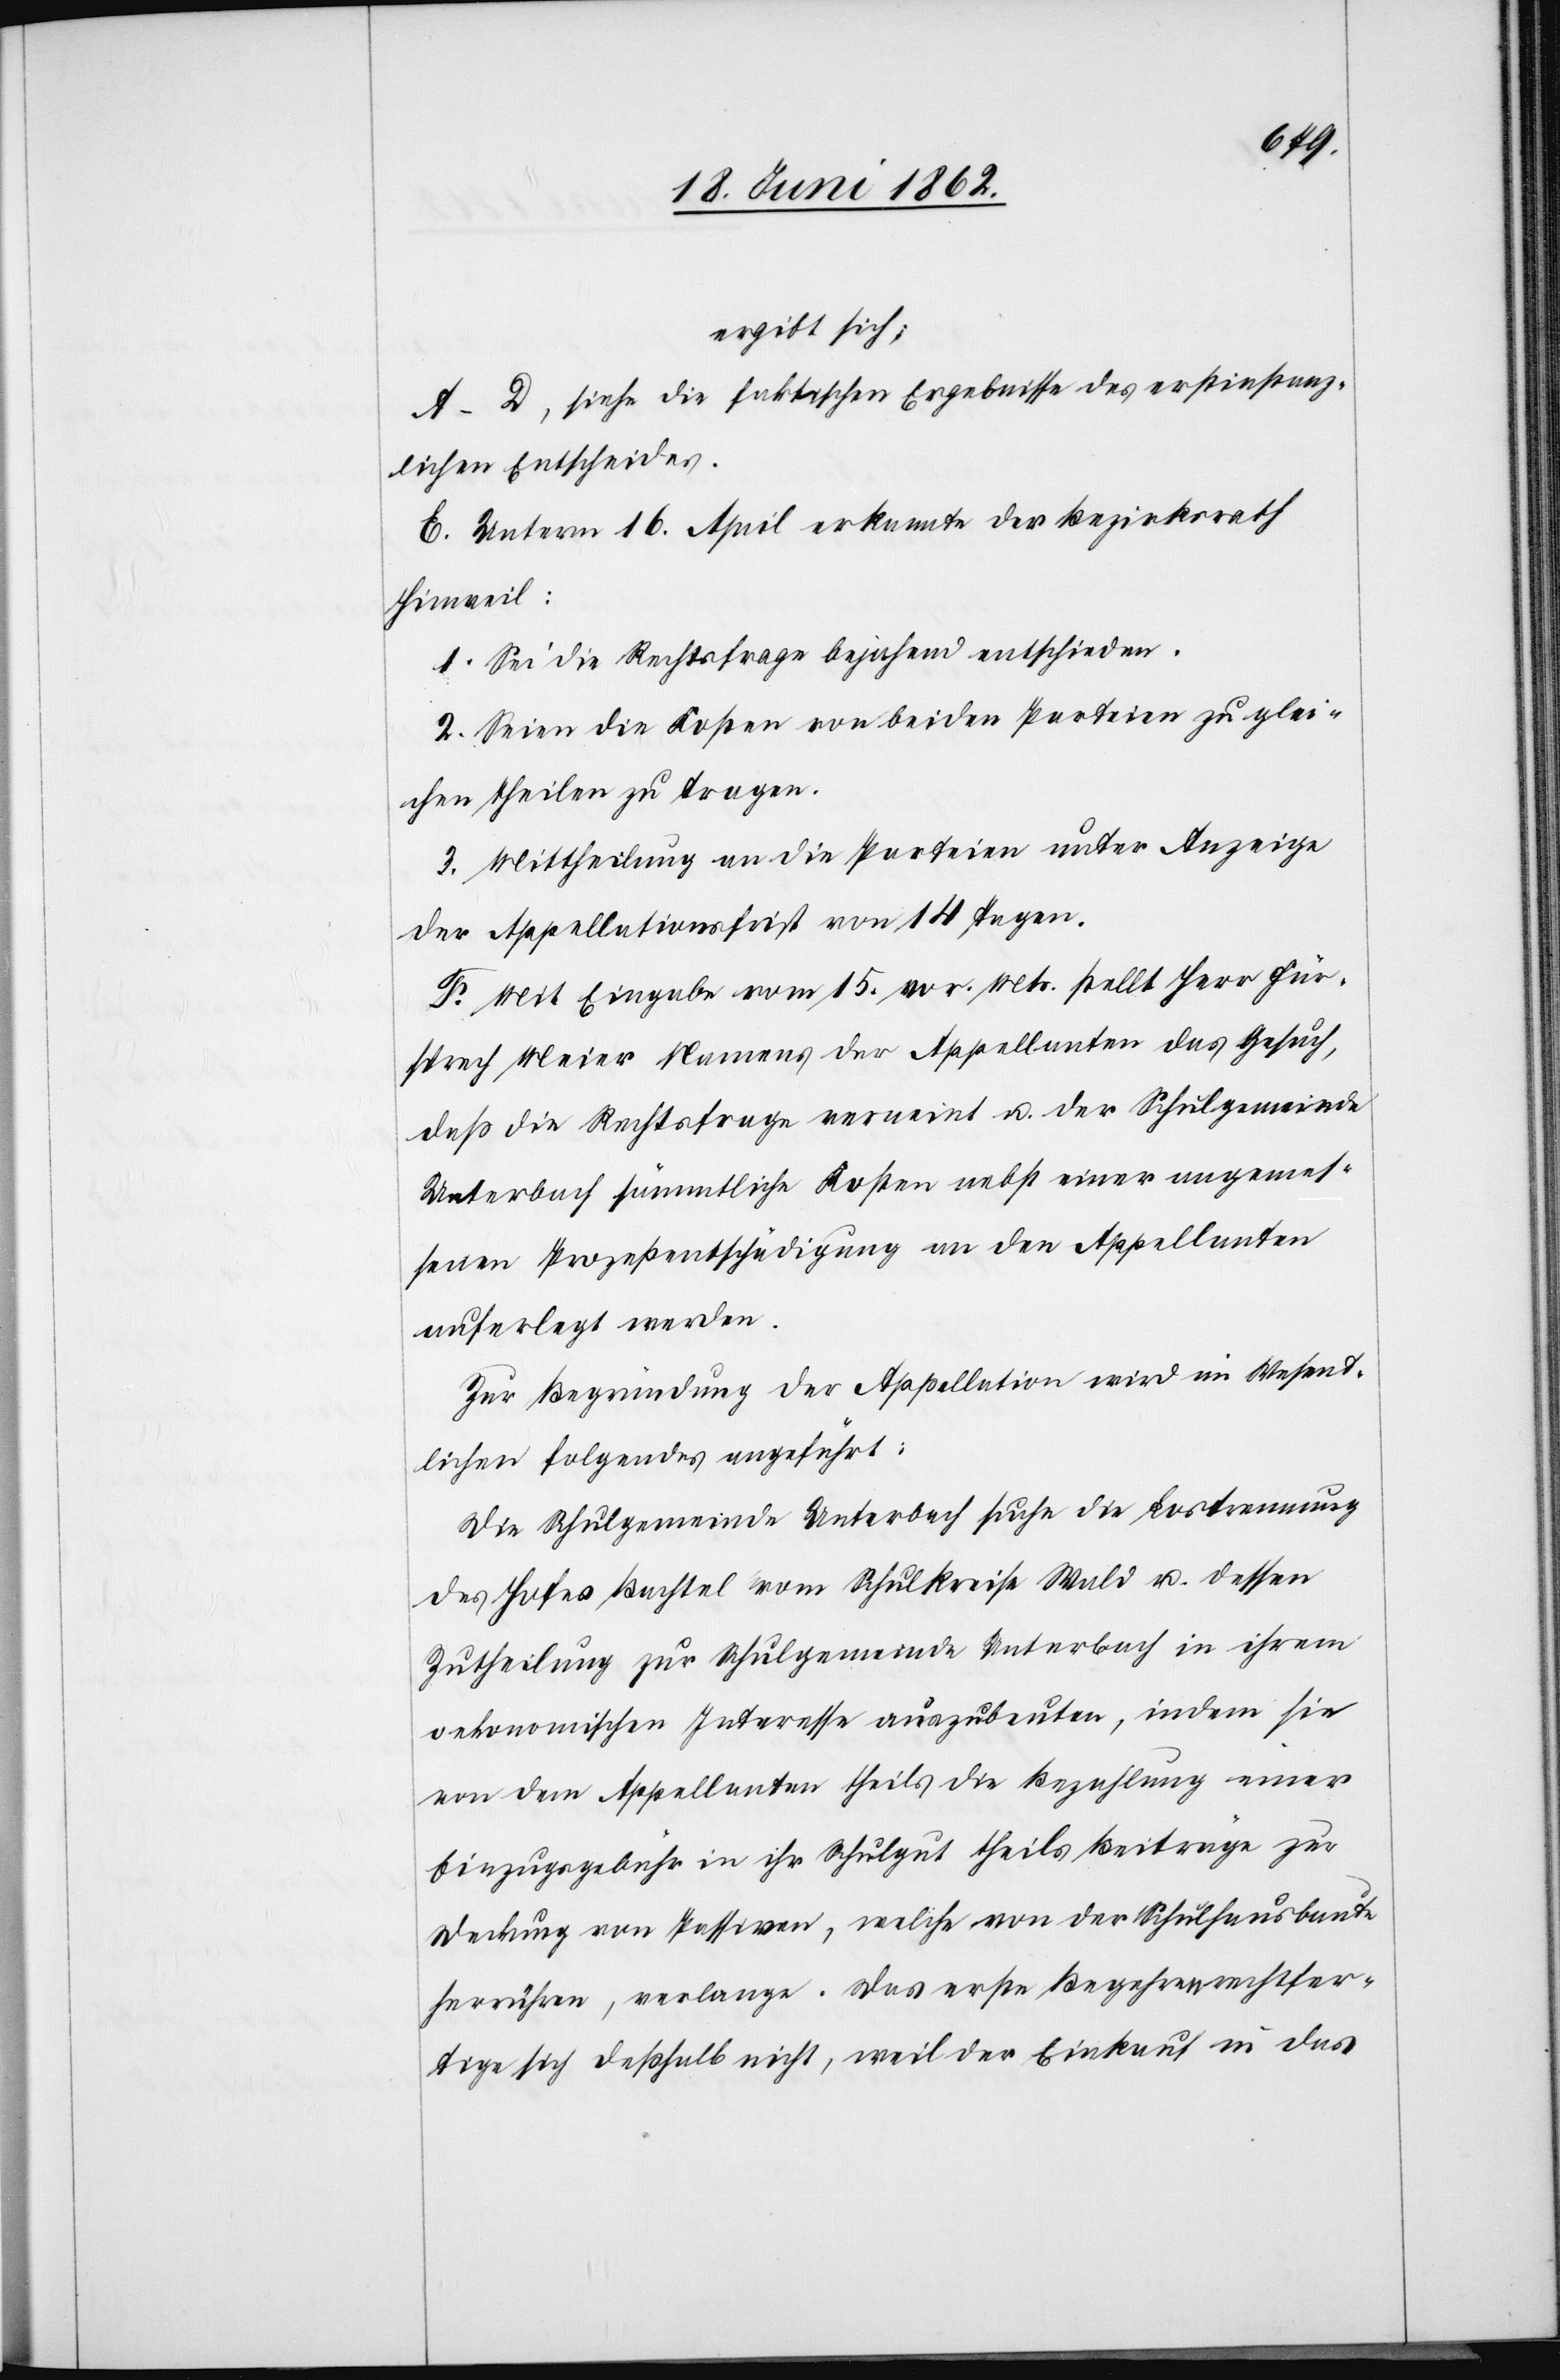
ergibt sich;
A–D, siehe die faktischen Ergebnisse des erstinstanz¬
lichen Entscheides.
E. Unterm 16. April erkannte der Bezirksrath
Hinweil:
1. Sei die Rechtsfrage bejahend entschieden.
2. Seien die Kosten von beiden Parteien zu glei¬
chen Theilen zu tragen.
3. Mittheilung an die Parteien unter Anzeige
der Appellationsfrist von 14 Tagen.
F. Mit Eingabe vom 15. vor. Mts. stellt Herr Für¬
sprech Meier Namens der Appellanten das Gesuch,
daß die Rechtsfrage verneint u. der Schulgemeinde
Unterbach sämmtliche Kosten nebst einer angemes¬
senen Prozeßentschädigung an den Appellanten
auferlegt werden.
Zur Begründung der Appellation wird im Wesent¬
lichen folgendes angeführt:
Die Schulgemeinde Unterbach suche die Lostrennung
des Hofes Bachtel vom Schulkreise Wald u. dessen
Zutheilung zur Schulgemeinde Unterbach in ihrem
oekonomischen Interesse auszubeuten, indem sie
von dem Appellanten theils die Bezahlung einer
Einzugsgebühr in ihr Schulgut theils Beträge zur
Deckung von Passiven, welche von der Schulhausbaute
herrühren, verlange. Das erste Begehren rechtfer¬
tige sich deßhalb nicht, weil der Einkauf in das